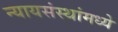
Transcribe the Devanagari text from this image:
न्यायसंस्थांमध्ये